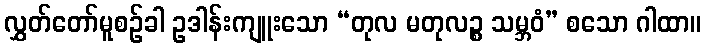
လွှတ်တော်မူစဉ်ခါ ဥဒါန်းကျူးသော “တုလ မတုလဉ္စ သမ္ဘဝံ” စသော ဂါထာ။